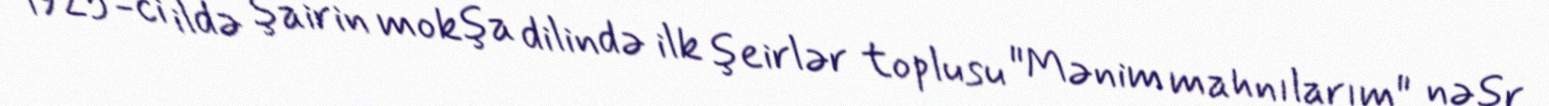
1925-ci ildə şairin mokşa dilində ilk şeirlər toplusu "Mənim mahnılarım" nəşr